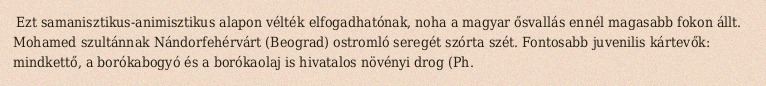
Ezt samanisztikus-animisztikus alapon vélték elfogadhatónak, noha a magyar ősvallás ennél magasabb fokon állt. Mohamed szultánnak Nándorfehérvárt (Beograd) ostromló seregét szórta szét. Fontosabb juvenilis kártevők: mindkettő, a borókabogyó és a borókaolaj is hivatalos növényi drog (Ph.